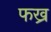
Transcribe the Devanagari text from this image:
फख्र